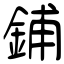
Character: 鋪